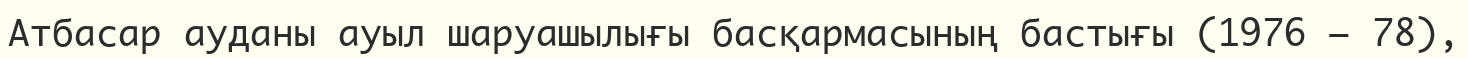
Атбасар ауданы ауыл шаруашылығы басқармасының бастығы (1976 – 78),